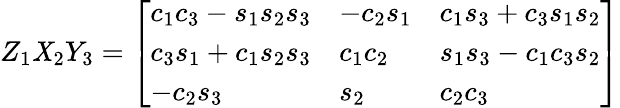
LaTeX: Z_{1}\mathit{X}_{2}Y_{3}={\left[\begin{array}{lll}{c_{1}c_{3}-s_{1}s_{2}s_{3}}&{-c_{2}s_{1}}&{c_{1}s_{3}+c_{3}s_{1}s_{2}}\\ {c_{3}s_{1}+c_{1}s_{2}s_{3}}&{c_{1}c_{2}}&{s_{1}s_{3}-c_{1}c_{3}s_{2}}\\ {-c_{2}s_{3}}&{s_{2}}&{c_{2}c_{3}}\end{array}\right]}